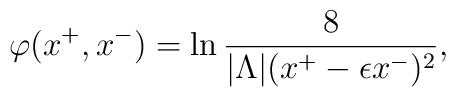
\varphi(x^+,x^-)=\ln{{8}\over{|\Lambda|(x^+-\epsilon x^-)^2}},